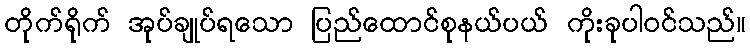
တိုက်ရိုက် အုပ်ချုပ်ရသော ပြည်ထောင်စုနယ်ပယ် ကိုးခုပါဝင်သည်။